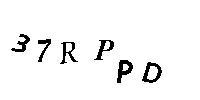
37RPPD